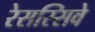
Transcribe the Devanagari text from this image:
रेसस्सिवे